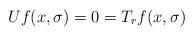
LaTeX: \begin{align*}Uf(x,\sigma)=0=T_rf(x,\sigma)\end{align*}